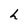
Character: h